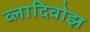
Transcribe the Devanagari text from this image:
व्लादिवोझ